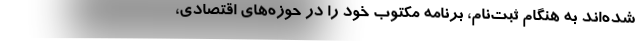
شده‌اند به هنگام ثبت‌نام، برنامه مکتوب خود را در حوزه‌های اقتصادی،